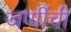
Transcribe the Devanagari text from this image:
जणींची